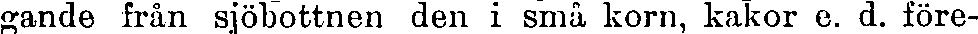
gande frän sjöbottnen den i små korn, kakor e. d. före-